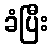
ခံပြီး